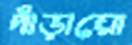
দাঁড়ায়ো